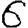
Digit: 6